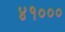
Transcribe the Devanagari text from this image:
४१०००